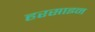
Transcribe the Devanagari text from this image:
हरसाइन